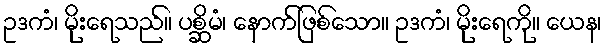
ဥဒကံ၊ မိုးရေသည်။ ပစ္ဆိမံ၊ နောက်ဖြစ်သော။ ဥဒကံ၊ မိုးရေကို။ ယေန၊